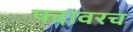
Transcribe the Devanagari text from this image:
पदावरच